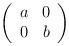
LaTeX: \begin{align*}\left( \begin{array}{cc} a & 0 \\ 0 & b \end{array} \right)\end{align*}